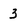
Character: 3